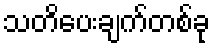
သတိပေးချက်တစ်ခု